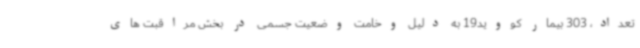
تعداد، 303 بیمار کووید19 به دلیل وخامت وضعیت جسمی در بخش مراقبت های